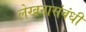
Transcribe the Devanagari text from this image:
लेखनासंबंधी